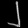
Digit: ၂